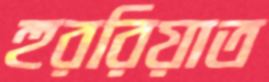
হুররিয়াত